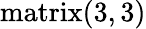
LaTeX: \mathrm{matrix}(3,3)